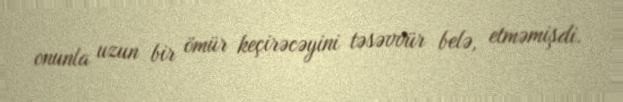
onunla uzun bir ömür keçirəcəyini təsəvvür belə, etməmişdi.